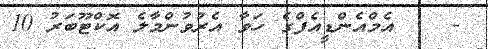
-    އެމްއެންޑީއެފްގެ ހަވާ އެރުވުންމާލެ އޮކްޓޫބަރު 10